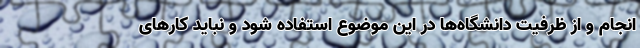
انجام و از ظرفیت دانشگاه‌ها در این موضوع استفاده شود و نباید کارهای